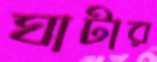
ঘাটার